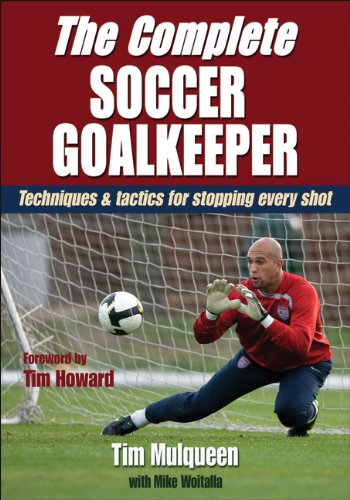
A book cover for The Complete Soccer Goalkeeper; Timothy Mulqueen; Sports & Outdoors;